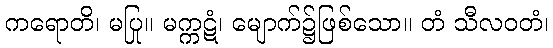
ကရောတိ၊ မပြု။ မက္ကဋံ၊ မျောက်၌ဖြစ်သော။ တံ သီလဝတံ၊